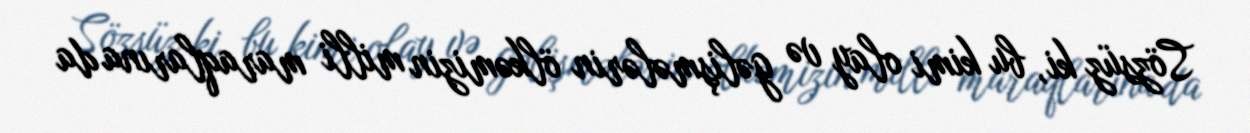
Sözsüz ki, bu kimi olay və gəlişmələrin ölkəmizin milli maraqlarına da